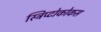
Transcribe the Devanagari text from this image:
स्ट्रिप्टोकोकस